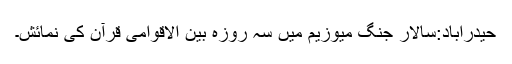
حیدرآباد:سالار جنگ میوزیم میں سہ روزہ بین الاقوامی قرآن کی نمائش۔